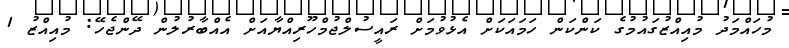
މުހައްމަދު މުއިއްޒުގައުމުގެ ކަންކަން ހަމައަކަށް އެޅުވުމަށް ރައީސުލްޖުމްހޫރިއްޔާއަށް އެއްބާރުލުން ދޭންޖެހޭ: މުއިއްޒު 1